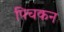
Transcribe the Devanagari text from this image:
पिचकन